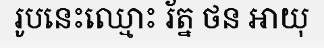
រូបនេះឈ្មោះ រ័ត្ន ថន អាយុ